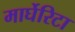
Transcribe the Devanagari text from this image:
मार्घेरिटा